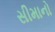
સીમાનો